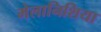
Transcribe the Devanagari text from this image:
मेलानिशिया